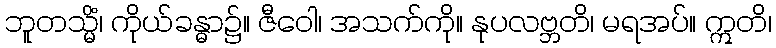
ဘူတသ္မိံ၊ ကိုယ်ခန္ဓာ၌။ ဇီဝေါ၊ အသက်ကို။ နုပလဗ္ဘတိ၊ မရအပ်။ ဣတိ၊